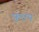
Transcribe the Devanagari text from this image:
फुरान